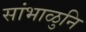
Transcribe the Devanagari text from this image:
सांभाळुनि